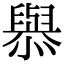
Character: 𢣟